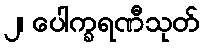
၂၊ ပေါက္ခရဏီသုတ်